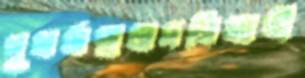
পুনর্জন্মবাদনিজামী